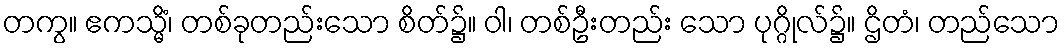
တကွ။ ဧကသ္မိံ၊ တစ်ခုတည်းသော စိတ်၌။ ဝါ၊ တစ်ဦးတည်း သော ပုဂ္ဂိုလ်၌။ ဌိတံ၊ တည်သော